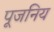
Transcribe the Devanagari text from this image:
पूजनिय